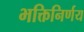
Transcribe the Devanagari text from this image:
भक्तिनिर्णय